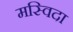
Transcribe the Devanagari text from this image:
मस्विदा